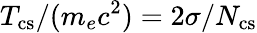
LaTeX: T_{\mathrm{cs}}/(m_{e}c^{2})=2\sigma/N_{\mathrm{cs}}